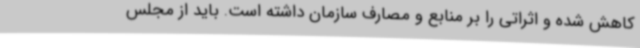
کاهش شده و اثراتی را بر منابع و مصارف سازمان داشته است. باید از مجلس